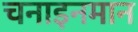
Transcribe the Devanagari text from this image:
चनाइनमान